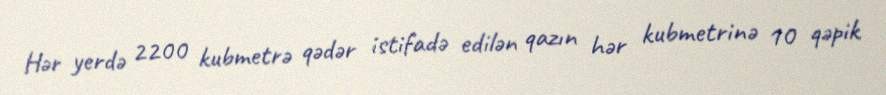
Hər yerdə 2200 kubmetrə qədər istifadə edilən qazın hər kubmetrinə 10 qəpik